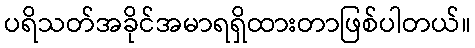
ပရိသတ်အခိုင်အမာရရှိထားတာဖြစ်ပါတယ်။